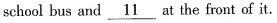
school bus and \underline{11}at the front of it.